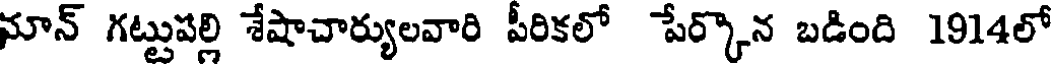
మాన్ గట్టుపల్లి శేషాచార్యులవారి పీరికలో పేర్కొన బడింది 1914లో